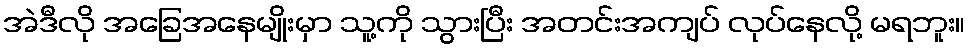
အဲဒီလို အခြေအနေမျိုးမှာ သူ့ကို သွားပြီး အတင်းအကျပ် လုပ်နေလို့ မရဘူး။